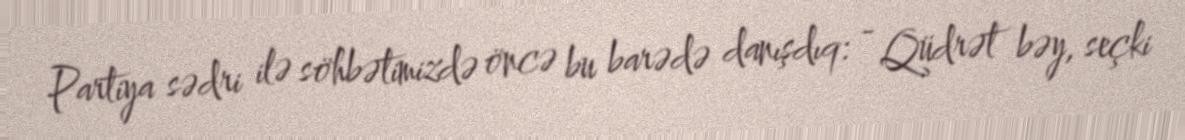
Partiya sədri ilə söhbətimizdə öncə bu barədə danışdıq: - Qüdrət bəy, seçki